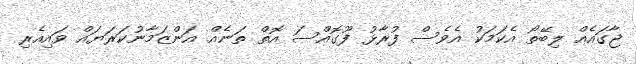
ޖާގައެއް ލިބޭތޯ އެކަމަކު އެވެސް ފުރާޅު ފޫގޮއްސަ އޮތް ތަނެއް އަންޒަމާނުކަރަޔައް ވައިއެރި